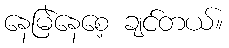
နေမြဲနေစေ့ ချင်တယ်။